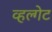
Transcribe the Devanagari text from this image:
व्हल्गेट